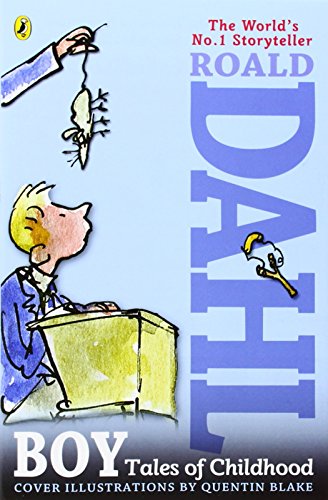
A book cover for Boy; Roald Dahl; Children's Books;